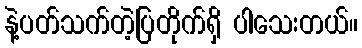
နဲ့ပတ်သက်တဲ့ပြတိုက်ရှိ ပါသေးတယ်။